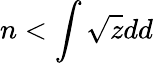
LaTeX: n<\int\sqrt{z}dd